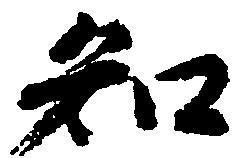
知